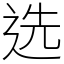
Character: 选